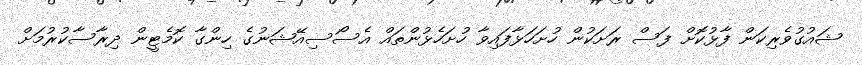
ޝައުގުވެރިކަން ފާޅުކޮށް ފަސް ރަށަކުން ހުށަހަޅާފައިވާ ހުށަހެޅުންތައް އެސޯސިއޭޝަނުގެ ހިންގާ ކޮމެޓީން ދިރާސާކުރުމަށް